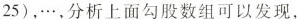
25)，\ldots，分析上面勾股数组可以发现，